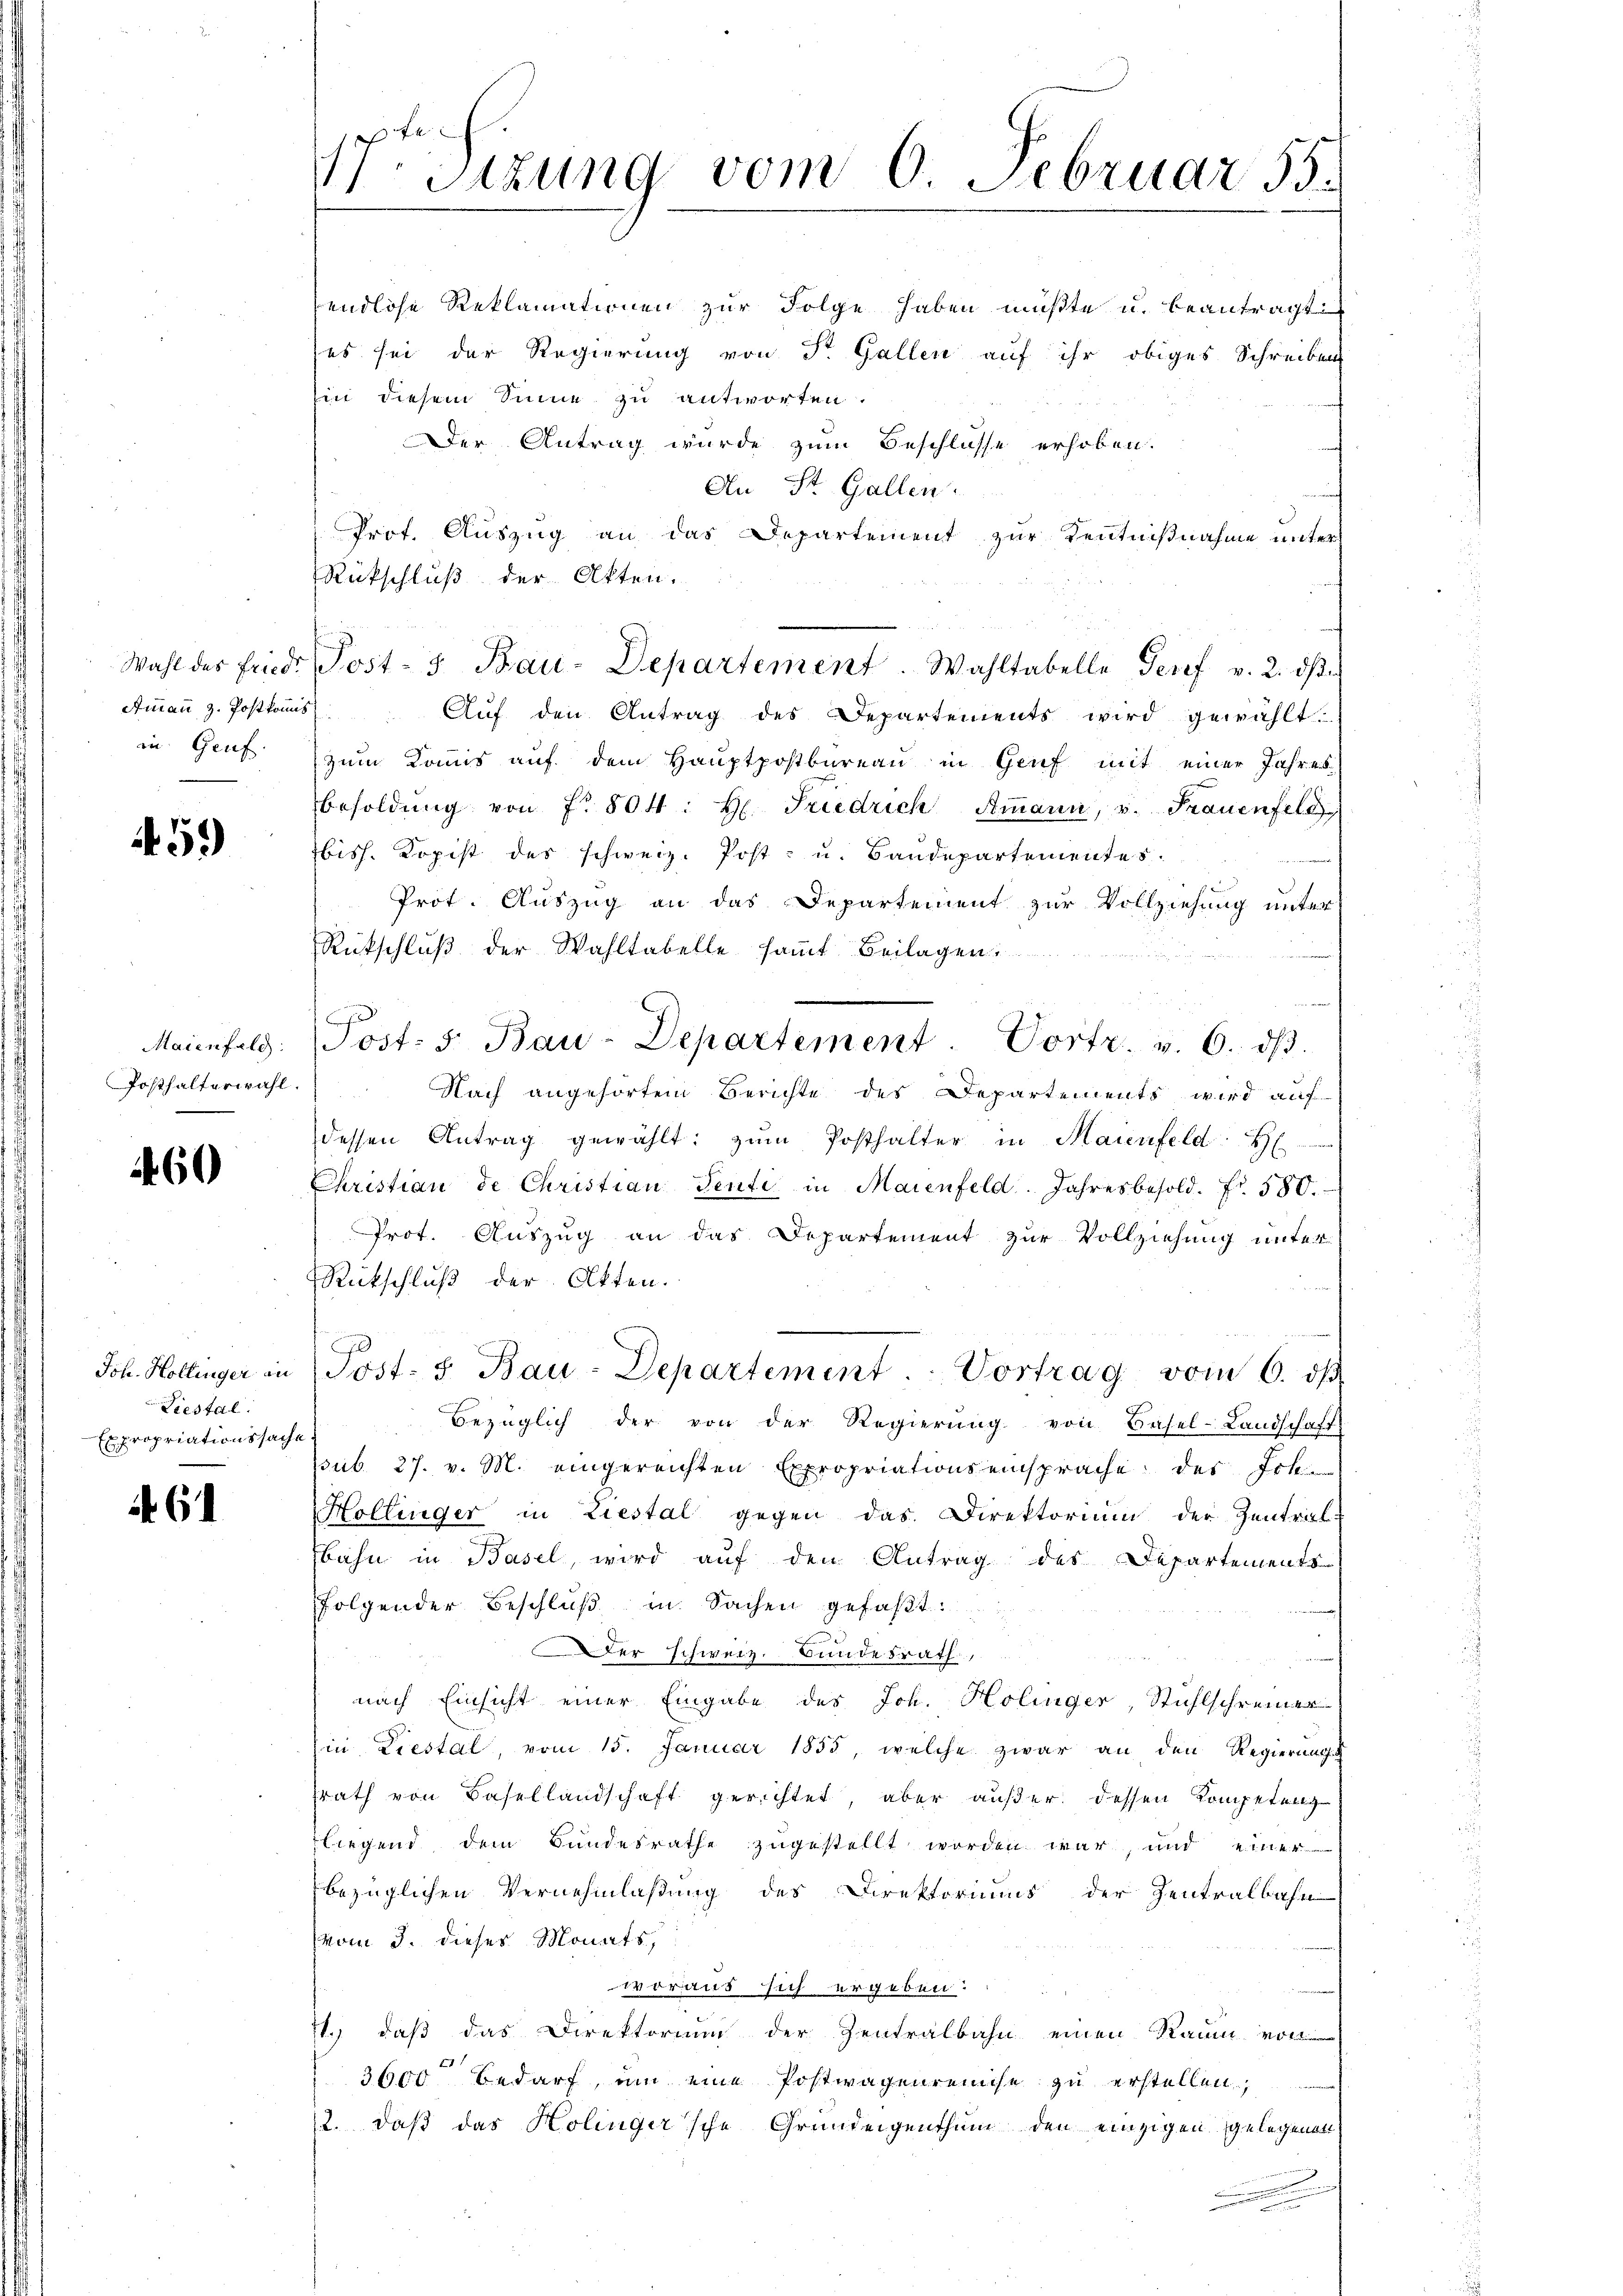
Wahl des Friedi
Ammann z. Postkomis

459)

Maienfeld:
Posthalterwahl.

60

Joh. Hollinger in
Liestal
Expropriationssache

61

Sitzung vom 6. Februar 55.

endlose Reklamationen zur Folge haben müßte u. beantragt
(es sei der Regierung von Dr. Gallen auf ihr obiges Schreiben
hin diesem Sinne zu antworten.
Der Antrag wurde zum Beschlosse erhoben.
An St. Gallen.
Prof. Auszug an das Departement zur Kenntnißnahme unter
Rückschluß der Akten.
Aŭf den Antrag des Departements wird gewählt.
in Genf zum Kommis auf dem Hauptpostbureau in Genf mit einer Jahres
Besoldŭng von No 804: H. Friedrich Ammann, v. Frauenfeld
biss. Kopist des schweiz. Post- u. Bandepartementes.
Prot. Auszug an das Departement zur Vollziehung unter
Rückschluß der Wahltabelle sammt Beilagen
Post. 5. Bau-Departement. Portr. v. 6. dβ.
Nach angehörtem Berichte des Departements wird auf
dessen Antrag gewählt: zŭm Posthalter in Maienfeld. H
Christian de Christian Senti in Maienfeld. Jahresbesold. fr. 580.
Prot. Auszug an das Departement zur Vollziehung unter
RRückschluß der Atten.
Post. S. Bau-Departement. Vortrag vom 6. dβ
Bezüglich der von der Regierŭng von Basel-Landschaft
sub. 27. v. M. eingereichten Expropriationseinsprache des Joh.
Hollinger in Liestal gegen das Direktorium der Zentral-
bahn in Basel, wird auf den Antrag des Departements
folgender Beschlŭβ in Sachen gefaβt:
Der schweiz. Bundesrath,
nach Einsicht einer Eingabe des Joh. Holinger, Stühlschreiner
in Liestal, vom 15. Januar 1855, welche zwar an den Regierung
srath von Basellandschaft gerichtet, aber außer dessen Kompetens
liegend dem Bundesrathe zugestellt worden war, und einer
bezüglichen Vernehmlaßung des Direktoriums der Zentralbahn
vom 3. dieses Monats,
voraus sich ergeben:
11.) daß das Direktorium der Zentralbahn einen Raum von
3600 Bedarf, um eine Postwagenreise zu erstellen,
2. daß das Holinger'sche Grundeigenthum den einzigen gelegenen
.

Post- & Bau-Departement. Wahltabelle Josef v. 2. dβ.